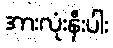
အားလုံးနီးပါး